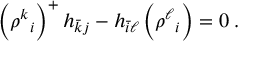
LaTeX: \Bigl ( { \rho ^ { k } } _ { i } \Bigr ) ^ { + } \, h _ { \bar { k } j } - h _ { \bar { i } \ell } \, \Bigl ( { \rho ^ { \ell } } _ { i } \Bigr ) = 0 \; .